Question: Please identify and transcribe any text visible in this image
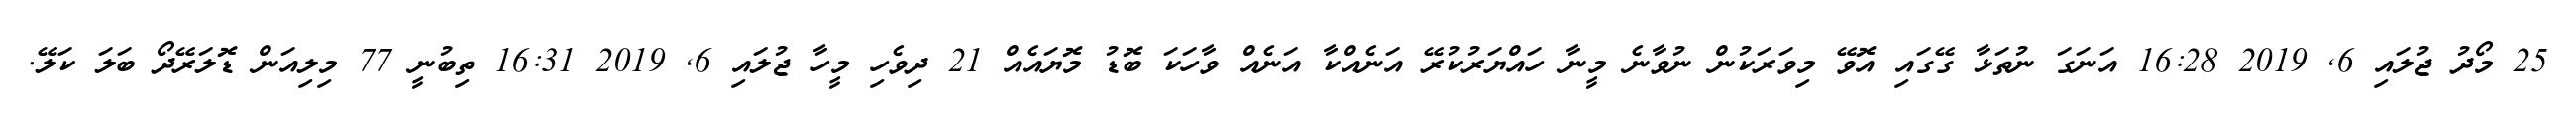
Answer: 25 މޯދު ޖުލައި 6, 2019 16:28 އަނަގަ ނުތަޅާ ގޭގައި އޮވޭ މިވަރަކުން ނުވާނެ މީނާ ހައްޔަރުކުރޭ އަނެއްކާ އަނެއް ވާހަކަ ބޮޑު މޮޔައެއް 21 ދިވެހި މީހާ ޖުލައި 6, 2019 16:31 ތިބުނީ 77 މިލިއަން ޑޮލަރޭދޯ ބަލަ ކަލޭ.